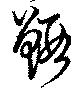
鰕